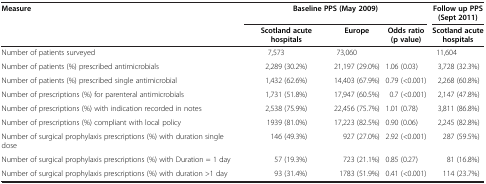
| <ROWSPAN=2> Measure | <COLSPAN=3> Baseline PPS (May 2009) | Follow up PPS(Sept 2011) |
 | Scotland acute hospitals | Europe | Odds ratio (p value) | Scotland acute hospitals |
 | --- | --- | --- | --- | --- |
 | Number of patients surveyed | 7,573 | 73,060 |  | 11,604 |
 | Number of patients (%) prescribed antimicrobials | 2,289 (30.2%) | 21,197 (29.0%) | 1.06 (0.03) | 3,728 (32.3%) |
 | Number of patients (%) prescribed single antimicrobial | 1,432 (62.6%) | 14,403 (67.9%) | 0.79 (<0.001) | 2,268 (60.8%) |
 | Number of prescriptions (%) for parenteral antimicrobials | 1,731 (51.8%) | 17,947 (60.5%) | 0.7 (<0.001) | 2,147 (47.8%) |
 | Number of prescriptions (%) with indication recorded in notes | 2,538 (75.9%) | 22,456 (75.7%) | 1.01 (0.78) | 3,811 (86.8%) |
 | Number of prescriptions (%) compliant with local policy | 1939 (81.0%) | 17,223 (82.5%) | 0.90 (0.06) | 2,245 (82.8%) |
 | Number of surgical prophylaxis prescriptions (%) with duration single dose | 146 (49.3%) | 927 (27.0%) | 2.92 (<0.001) | 287 (59.5%) |
 | Number of surgical prophylaxis prescriptions (%) with Duration = 1 day | 57 (19.3%) | 723 (21.1%) | 0.85 (0.27) | 81 (16.8%) |
 | Number of surgical prophylaxis prescriptions (%) with duration >1 day | 93 (31.4%) | 1783 (51.9%) | 0.41 (<0.001) | 114 (23.7%) |